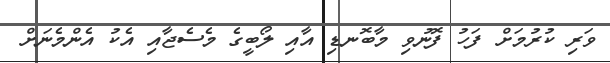
ވަރި ކުރުމަށް ފަހު ފޮނުވި މާބޮނޑި އާއި ލޯބީގެ މެސެޖާއި އެކު އެންމެނަށް